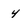
Character: 4